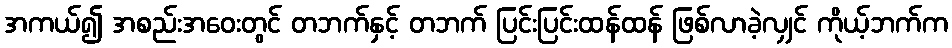
အကယ်၍ အစည်းအဝေးတွင် တဘက်နှင့် တဘက် ပြင်းပြင်းထန်ထန် ဖြစ်လာခဲ့လျှင် ကိုယ့်ဘက်က